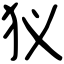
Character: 𤜥